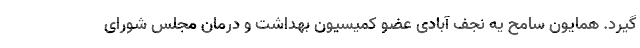
گیرد. همایون سامح‌ یه نجف آبادی عضو کمیسیون بهداشت و درمان مجلس شورای